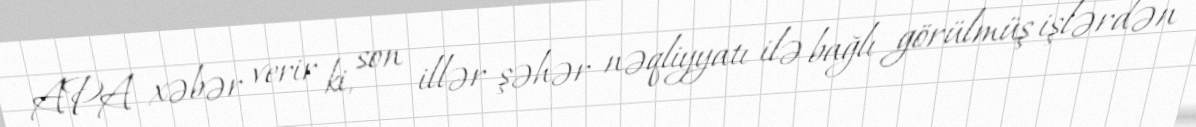
APA xəbər verir ki, son illər şəhər nəqliyyatı ilə bağlı görülmüş işlərdən